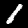
Digit: 1